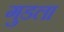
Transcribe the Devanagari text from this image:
गुडला